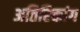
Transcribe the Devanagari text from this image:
अतिरिक्तांग